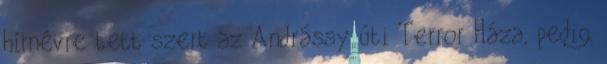
hírnévre tett szert az Andrássy úti Terror Háza, pedig